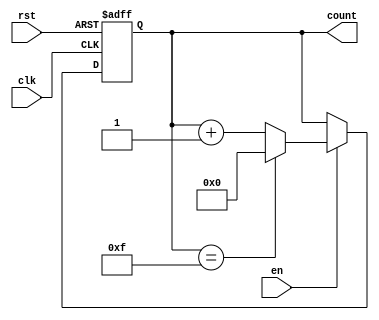
module binary_counter(
    input wire clk,
    input wire rst,
    input wire en,
    output reg [3:0] count
);

always @(posedge clk or posedge rst) begin
    if (rst) begin
        count <= 4'b0000;
    end else if (en) begin
        if (count == 4'b1111) begin
            count <= 4'b0000;
        end else begin
            count <= count + 1;
        end
    end
end

endmodule